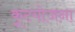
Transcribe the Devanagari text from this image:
कूटयोजना